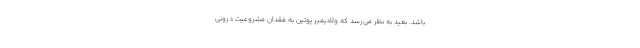
باشد. بعید به نظر می‌رسد که ولادیمیر پوتین به فقدان مشروعیت درونی